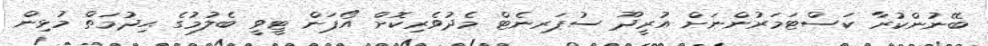
ބޭނުންކުރާ ކަސްޓަމަރުންނަށް އުރީދޫ ސުޕަރނެޓް މެދުވެރިކޮށް އޯޕަން ޓީވީ ބެލުމުގެ ޙިދުމަތް މުޅިން